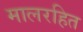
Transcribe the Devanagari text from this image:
मालरहित